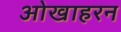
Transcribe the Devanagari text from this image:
ओखाहरन